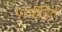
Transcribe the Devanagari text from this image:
परपीड़ित